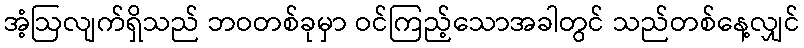
အံ့ဩလျက်ရှိသည် ဘဝတစ်ခုမှာ ဝင်ကြည့်သောအခါတွင် သည်တစ်နေ့လျှင်